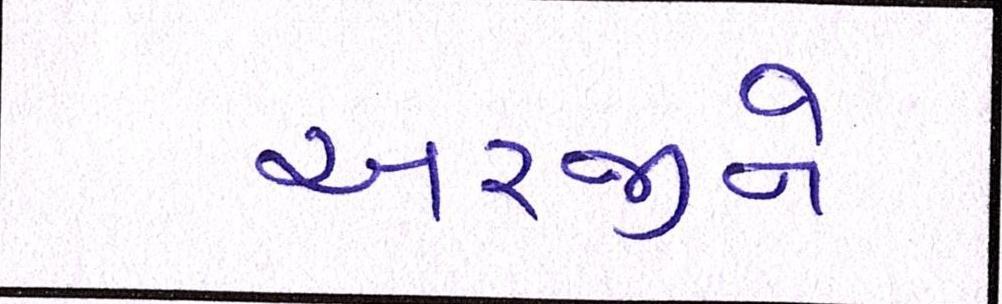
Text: અરજીને